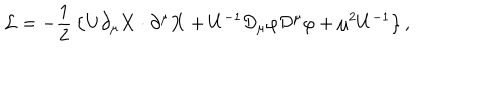
LaTeX: { \cal L } = - { \frac { 1 } { 2 } } \left\{ U \partial _ { \mu } { \bf X } \cdot \partial ^ { \mu } { \bf X } + U ^ { - 1 } { \cal D } _ { \mu } \varphi { \cal D } ^ { \mu } \varphi + \mu ^ { 2 } U ^ { - 1 } \right\} ,